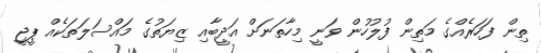
ތިން ފަހަރެއްގެ މަތިން ފުލުހުން ވަނީ މިހާތަނަށް އަދީބާއި ޒިޔަތުގެ މައްސަލަތަކެއް ޕީޖީ